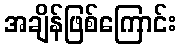
အချိန်ဖြစ်ကြောင်း